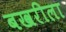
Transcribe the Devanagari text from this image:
बखरीला